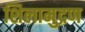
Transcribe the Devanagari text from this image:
शिलामुद्रण